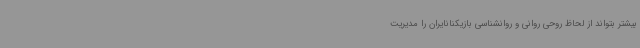
بیشتر بتواند از لحاظ روحی روانی و روانشناسی بازیکنانایران را مدیریت